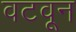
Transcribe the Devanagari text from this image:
वटवून